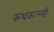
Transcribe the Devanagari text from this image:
कथकल्ली